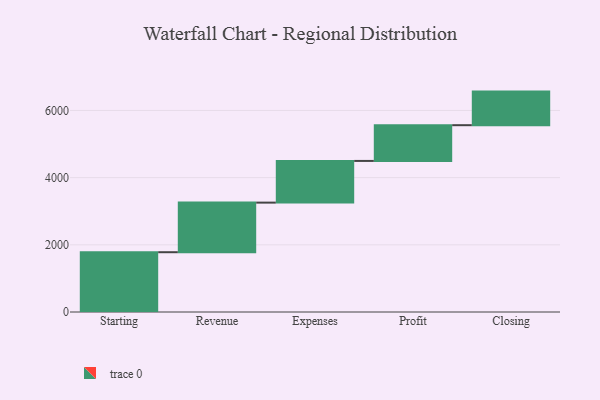
{"axis": {"x": "Step", "y": "Value"}, "legend": [""], "data": [{"x": "Starting", "y": 1780.0, "type": ""}, {"x": "Revenue", "y": 1476.0, "type": ""}, {"x": "Expenses", "y": 1241.0, "type": ""}, {"x": "Profit", "y": 1064.0, "type": ""}, {"x": "Closing", "y": 1000, "type": ""}]}